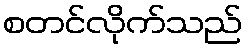
စတင်လိုက်သည်